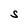
Character: S